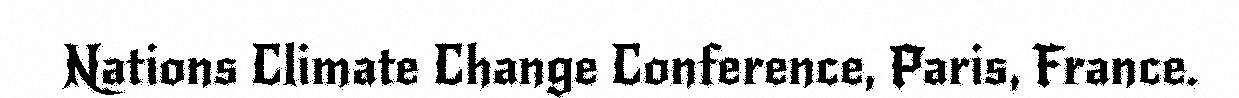
Nations Climate Change Conference, Paris, France.